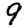
Digit: 9